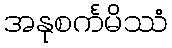
အနုစင်္ကမိဿံ